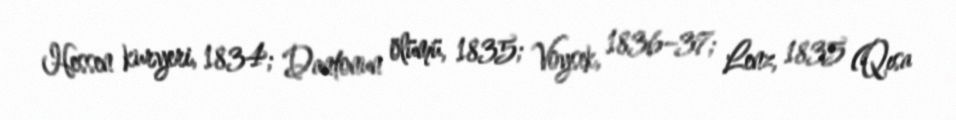
Hessen kuryeri, 1834; Dantonun ölümü, 1835; Voysek, 1836–37; Lenz, 1835 (Qısa